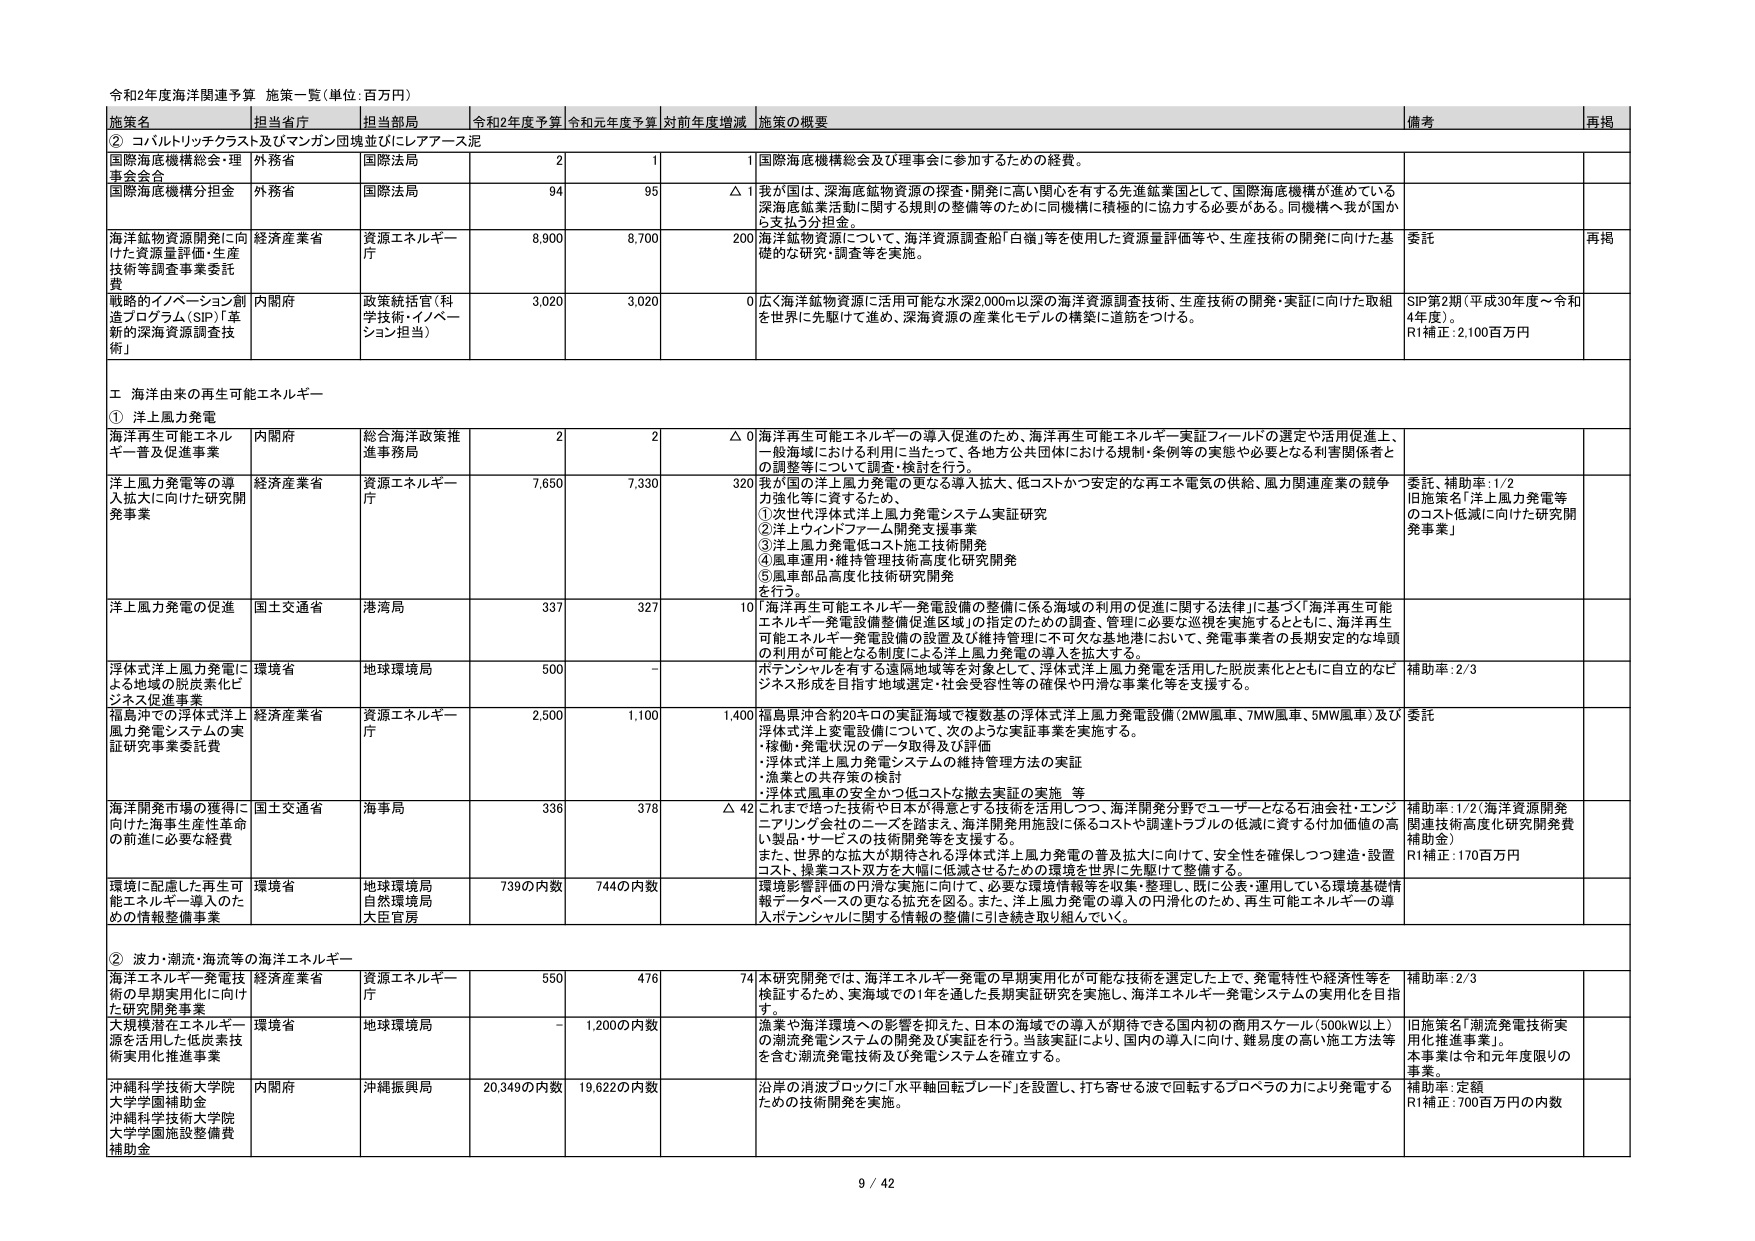
令和2年度海洋関連予算 施策一覧（単位：百万円）

施策名 担当省庁 担当部局 令和2年度予算 令和元年度予算 対前年度増減 施策の概要 備考 再掲

② コバルトリッチクラスト及びマングガン団塊並びにレアアース泥

国際海底機構総会・理事会会合 外務省 国際法局 2 1 1 国際海底機構総会及び理事会に参加するための経費。

国際海底機構分担金 外務省 国際法局 94 95 △ 1 我が国は、深海底鉱物資源の探査・開発に高い関心を有する先進鉱業国として、国際海底機構が進めている深海底鉱業活動に関する規則の整備等のために同機構に積極的に協力する必要がある。同機構へ我が国から支払う分担金。

海洋鉱物資源開発に向けた資源量評価・生産技術等調査事業委託費 経済産業省 資源エネルギー庁 8,900 8,700 200 海洋鉱物資源について、海洋資源調査船「白嶺」等を使用した資源量評価等や、生産技術の開発に向けた基礎的な研究・調査等を実施。 委託 再掲

戦略的イノベーション創造プログラム（SIP）「革新的深海資源調査技術」 内閣府 政策統括官（科学技術・イノベーション担当） 3,020 3,020 0 広く海洋鉱物資源に活用可能な水深2,000m以深の海洋資源調査技術、生産技術の開発・実証に向けた取組を世界に先駆けて進め、深海資源の産業化モデルの構築に道筋をつける。 SIP第2期（平成30年度～令和4年度）、R1補正：2,100百万円

Ⅰ 海洋由来の再生可能エネルギー

① 洋上風力発電

海洋再生可能エネルギー普及促進事業 内閣府 総合海洋政策推進事務局 2 2 △ 0 海洋再生可能エネルギーの導入促進のため、海洋再生可能エネルギー実証フィールドの選定や活用促進上、一般海域における利用に当たって、各地方公共団体における規制・条例等の実態や必要となる利害関係者との調整等について調査・検討を行う。

洋上風力発電等の導入拡大に向けた研究開発事業 経済産業省 資源エネルギー庁 7,650 7,330 320 我が国の洋上風力発電の更なる導入拡大、低コストかつ安定的な再生エネ電気の供給、風力関連産業の競争力強化等に資するため、 ①次世代浮体式洋上風力発電システム実証研究 ②洋上ウインドファーム開発支援事業 ③洋上風力発電低コスト施工技術開発 ④風車運用・維持管理技術高度化研究開発 ⑤風車部品高度化技術研究開発 を行う。 委託、補助率：1/2 旧施策名「洋上風力発電等のコスト低減に向けた研究開発事業」

洋上風力発電の促進 国土交通省 港湾局 337 327 10 「海洋再生可能エネルギー発電設備の整備に係る海域の利用の促進に関する法律」に基づく「海洋再生可能エネルギー発電設備整備促進区域」の指定のための調査、管理に必要な巡視を実施するとともに、海洋再生可能エネルギー発電設備の設置及び維持管理に不可欠な基地港において、発電事業者の長期安定的な埠頭の利用が可能となる制度による洋上風力発電の導入を拡大する。

浮体式洋上風力発電による地域の脱炭素化ビジネス促進事業 環境省 地球環境局 500 - ポテンシャルを有する遠隔地域等を対象として、浮体式洋上風力発電を活用した脱炭素化とともに自立的なビジネス形成を目指す地域選定・社会受容性等の確保や円滑な事業化等を支援する。 補助率：2/3

福島沖での浮体式洋上風力発電システムの実証研究事業委託費 経済産業省 資源エネルギー庁 2,500 1,100 1,400 福島県沖合約20キロの実証海域で複数基の浮体式洋上風力発電設備（2MW風車、7MW風車、5MW風車）及び浮体式洋上変電設備について、次のような実証事業を実施する。 ・稼働・発電状況のデータ取得及び評価 ・浮体式洋上風力発電システムの維持管理方法の実証 ・漁業との共存策の検討 ・浮体式風車の安全かつ低コストな撤去実証の実施 等 委託

海洋開発市場の獲得に向けた海洋生産性革命の前進に必要な経費 国土交通省 海事局 336 378 △ 42 これまで培った技術や日本が得意とする技術を活用しつつ、海洋開発分野でユーザーとなる石油会社・エンジニアリング会社のニーズを踏まえ、海洋開発用施設に係るコストや調達トラブルの低減に資する付加価値の高い製品・サービスの技術開発等を支援する。 また、世界的な拡大が期待される浮体式洋上風力発電の普及拡大に向けて、安全性を確保しつつ建造・設置コスト、操業コスト双方を大幅に低減させるための環境を世界に先駆けて整備する。 補助率：1/2（海洋資源開発関連技術高度化研究開発費補助金）、R1補正：170百万円

環境に配慮した再生可能エネルギー導入のための情報整備事業 環境省 地球環境局 自然環境局 大臣官房 739の内数 744の内数 環境影響評価の円滑な実施に向けて、必要な環境情報等を収集・整理し、既に公表・運用している環境基礎情報データベースの更なる拡充を図る。また、洋上風力発電の導入の円滑化のため、再生可能エネルギーの導入ポテンシャルに関する情報の整備に引き続き取り組んでいく。

② 波力・潮流・海流等の海洋エネルギー

海洋エネルギー発電技術の早期実用化に向けた研究開発事業 経済産業省 資源エネルギー庁 550 476 74 本研究開発では、海洋エネルギー発電の早期実用化が可能な技術を選定した上で、発電特性や経済性等を検証するため、実海域での1年を通した長期実証研究を実施し、海洋エネルギー発電システムの実用化を目指す。 補助率：2/3

大規模潜在エネルギー源を活用した低炭素技術実用化推進事業 環境省 地球環境局 - 1,200の内数 漁業や海洋環境への影響を抑えた、日本の海域での導入が期待できる国内初の商用スケール（500kW以上）の潮流発電システムの開発及び実証を行う。当該実証により、国内の導入に向け、難易度の高い施工方法等を含む潮流発電技術及び発電システムを確立する。 旧施策名「潮流発電技術実用化推進事業」。本事業は令和元年度限りの事業。

沖縄科学技術大学院大学学園補助金 沖縄科学技術大学院大学学園施設整備費補助金 内閣府 沖縄振興局 20,349の内数 19,622の内数 沿岸の消波ブロックに「水平軸回転ブレード」を設置し、打ち寄せる波で回転するプロペラの力により発電するための技術開発を実施。 補助率：定額 R1補正：700百万円の内数

9 / 42